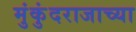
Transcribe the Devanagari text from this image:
मुंकुंदराजाच्या